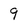
Character: 9